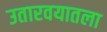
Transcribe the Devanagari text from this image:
उतारवयातला